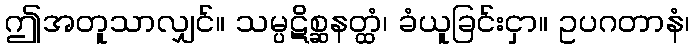
ဤအတူသာလျှင်။ သမ္ပဋိစ္ဆနတ္ထံ၊ ခံယူခြင်းငှာ။ ဥပဂတာနံ၊